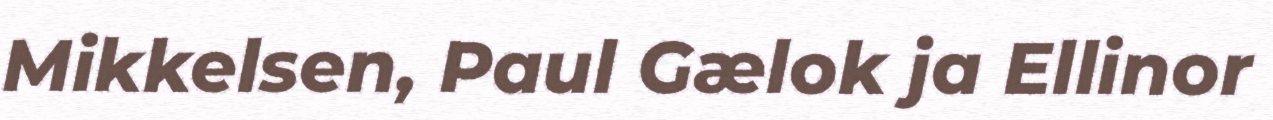
Mikkelsen, Paul Gælok ja Ellinor